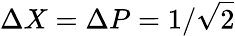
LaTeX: \Delta X=\Delta P=1/{\sqrt{2}}